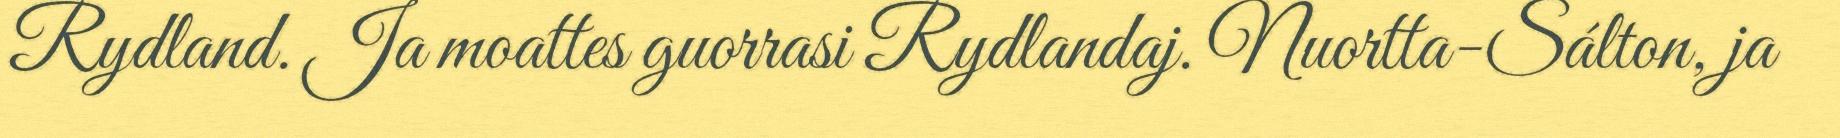
Rydland. Ja moattes guorrasi Rydlandaj. Nuortta-Sálton, ja